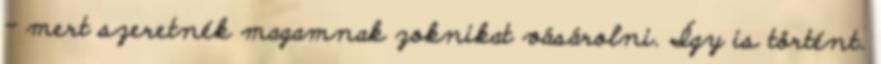
- mert szeretnék magamnak zoknikat vásárolni. Így is történt.